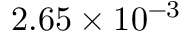
2 . 6 5 \times 1 0 ^ { - 3 }